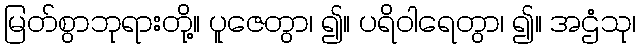
မြတ်စွာဘုရားတို့။ ပူဇေတွာ၊ ၍။ ပရိဝါရေတွာ၊ ၍။ အဌံသု၊